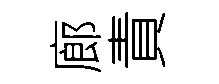
廊責